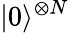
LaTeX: |0\rangle^{\otimes N}